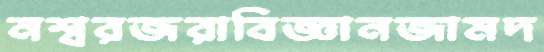
নশ্বরজরাবিজ্ঞানজামদ